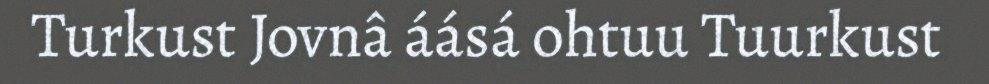
Turkust Jovnâ áásá ohtuu Tuurkust